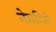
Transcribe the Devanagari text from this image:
नेमगिरी